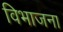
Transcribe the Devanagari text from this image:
विभाजना